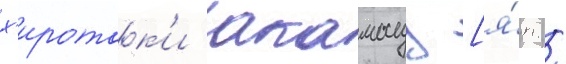
х'иротак'и акамацу [я́п. /